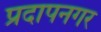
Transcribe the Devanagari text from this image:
प्रदापनगर